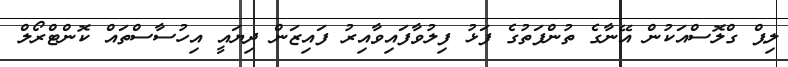
ލިޕް ގްލޮސްއަކުން އޭނާގެ ތުންފަތުގެ ފަޅު ފިލުވާފައިވާއިރު ފައިޒަން ދިޔައީ އިހުސާސްތައް ކޮންޓްރޯލް